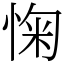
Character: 㥌